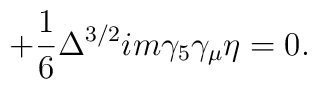
+ \frac {1}{6} \Delta^{3/2} i m \gamma_5 \gamma_{\mu} \eta = 0.